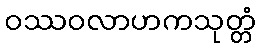
ဝဿဝလာဟကသုတ္တံ